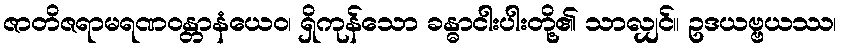
ဇာတိဇရာမရဏဝန္တာနံယေဝ၊ ရှိကုန်သော ခန္ဓာငါးပါးတို့၏ သာလျှင်။ ဥဒယဗ္ဗယဿ၊